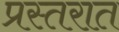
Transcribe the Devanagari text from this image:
प्रस्तरात